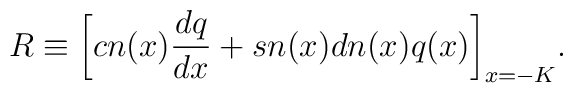
R\equiv\bigg[cn(x)\frac{dq}{dx}+sn(x) dn(x) q(x)\bigg]_{x=-K}.